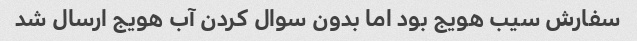
سفارش سیب هویج بود اما بدون سوال کردن آب هویج ارسال شد